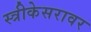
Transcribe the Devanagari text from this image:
स्त्रीकेसरावर